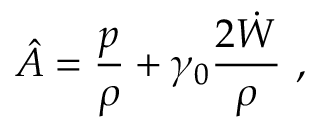
\hat { A } = { \frac { p } { \rho } } + \gamma _ { 0 } { \frac { 2 \dot { W } } { \rho } } \ ,